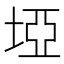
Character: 埡